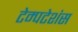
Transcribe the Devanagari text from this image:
टेम्पटेशंस